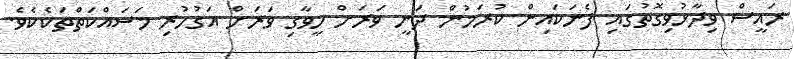
ރައީސް ވިދާޅުވިގޮތުގައި ފެނަކައިން ކުރަމުން ދަނީ ވަރަށް ހީވާގި ވަރަށް އަގުހުރި މަސައްކަތްތަކެކެވެ.